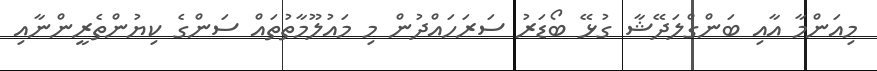
މިއަންމާ އާއި ބަންގްލަދޭޝާ ގުޅޭ ބޯޑަރު ސަރަހައްދުން މި މައުލޫމާތުތައް ސަންގެ ކިޔުންތެރީންނާއި